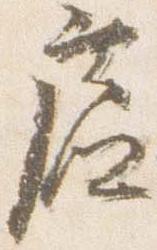
廬